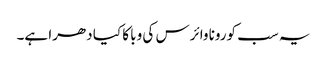
یہ سب کورونا وائرس کی وبا کا کیا دھرا ہے۔